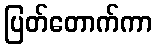
ပြတ်တောက်ကာ